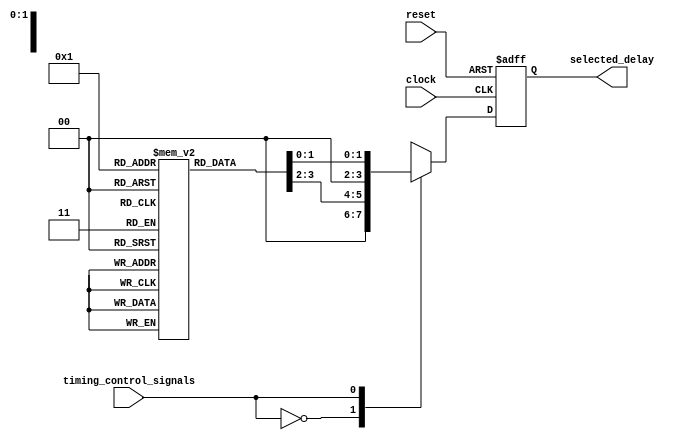
module Timing_Control_Sync_Mux_Delay(
  input wire timing_control_signals,
  input wire clock,
  input wire reset,
  output reg [3:0] selected_delay
);

  reg [1:0] delay_values [0:3];

  initial begin
    // Initialize delay values
    delay_values[0] = 2'b00; // Minimum delay
    delay_values[1] = 2'b01;
    delay_values[2] = 2'b10;
    delay_values[3] = 2'b11; // Maximum delay
  end

  always @(posedge clock or posedge reset) begin
    if (reset) begin
      selected_delay <= 4'b0000; // Reset to minimum delay
    end else begin
      case (timing_control_signals)
        2'b00: selected_delay <= delay_values[0];
        2'b01: selected_delay <= delay_values[1];
        2'b10: selected_delay <= delay_values[2];
        2'b11: selected_delay <= delay_values[3];
      endcase
    end
  end

endmodule